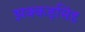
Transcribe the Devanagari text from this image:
झक्कड़सिंह